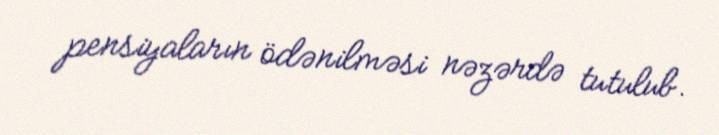
pensiyaların ödənilməsi nəzərdə tutulub.